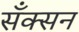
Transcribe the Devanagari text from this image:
सँक्सन